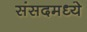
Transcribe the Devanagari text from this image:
संसदमध्ये